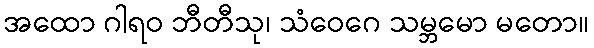
အထော ဂါရဝ ဘီတီသု၊ သံဝေဂေ သမ္ဘမော မတော။